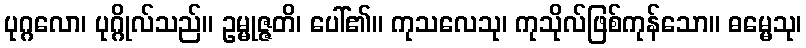
ပုဂ္ဂလော၊ ပုဂ္ဂိုလ်သည်။ ဥမ္မုဇ္ဇတိ၊ ပေါ်၏။ ကုသလေသု၊ ကုသိုလ်ဖြစ်ကုန်သော။ ဓမ္မေသု၊